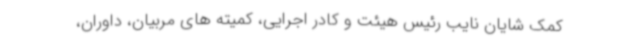
کمک شایان نایب رئیس هیئت و کادر اجرایی، کمیته های مربیان، داوران،